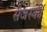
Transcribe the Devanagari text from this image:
सेजर्स्की